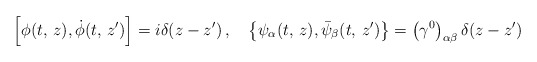
\begin{align*}\left[ \phi (t,\, z), \dot \phi (t,\, z^\prime) \right]= i\delta(z-z^\prime)\,,\quad \left\{ \psi_\alpha (t,\, z), \bar \psi_\beta(t,\,z^\prime)\right\}= \left(\gamma^0\right)_{\alpha \beta}\delta(z-z^\prime)\end{align*}